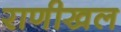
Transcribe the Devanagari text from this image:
राणीखल